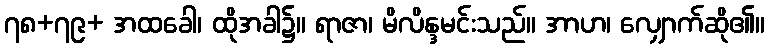
၇၈+၇၉+ အထခေါ၊ ထိုအခါ၌။ ရာဇာ၊ မိလိန္ဒမင်းသည်။ အာဟ၊ လျှောက်ဆို၏။